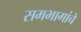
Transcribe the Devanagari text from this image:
समभागांचे